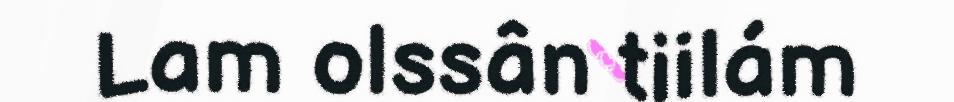
Lam olssân tiilám